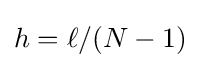
h=\ell /(N-1)